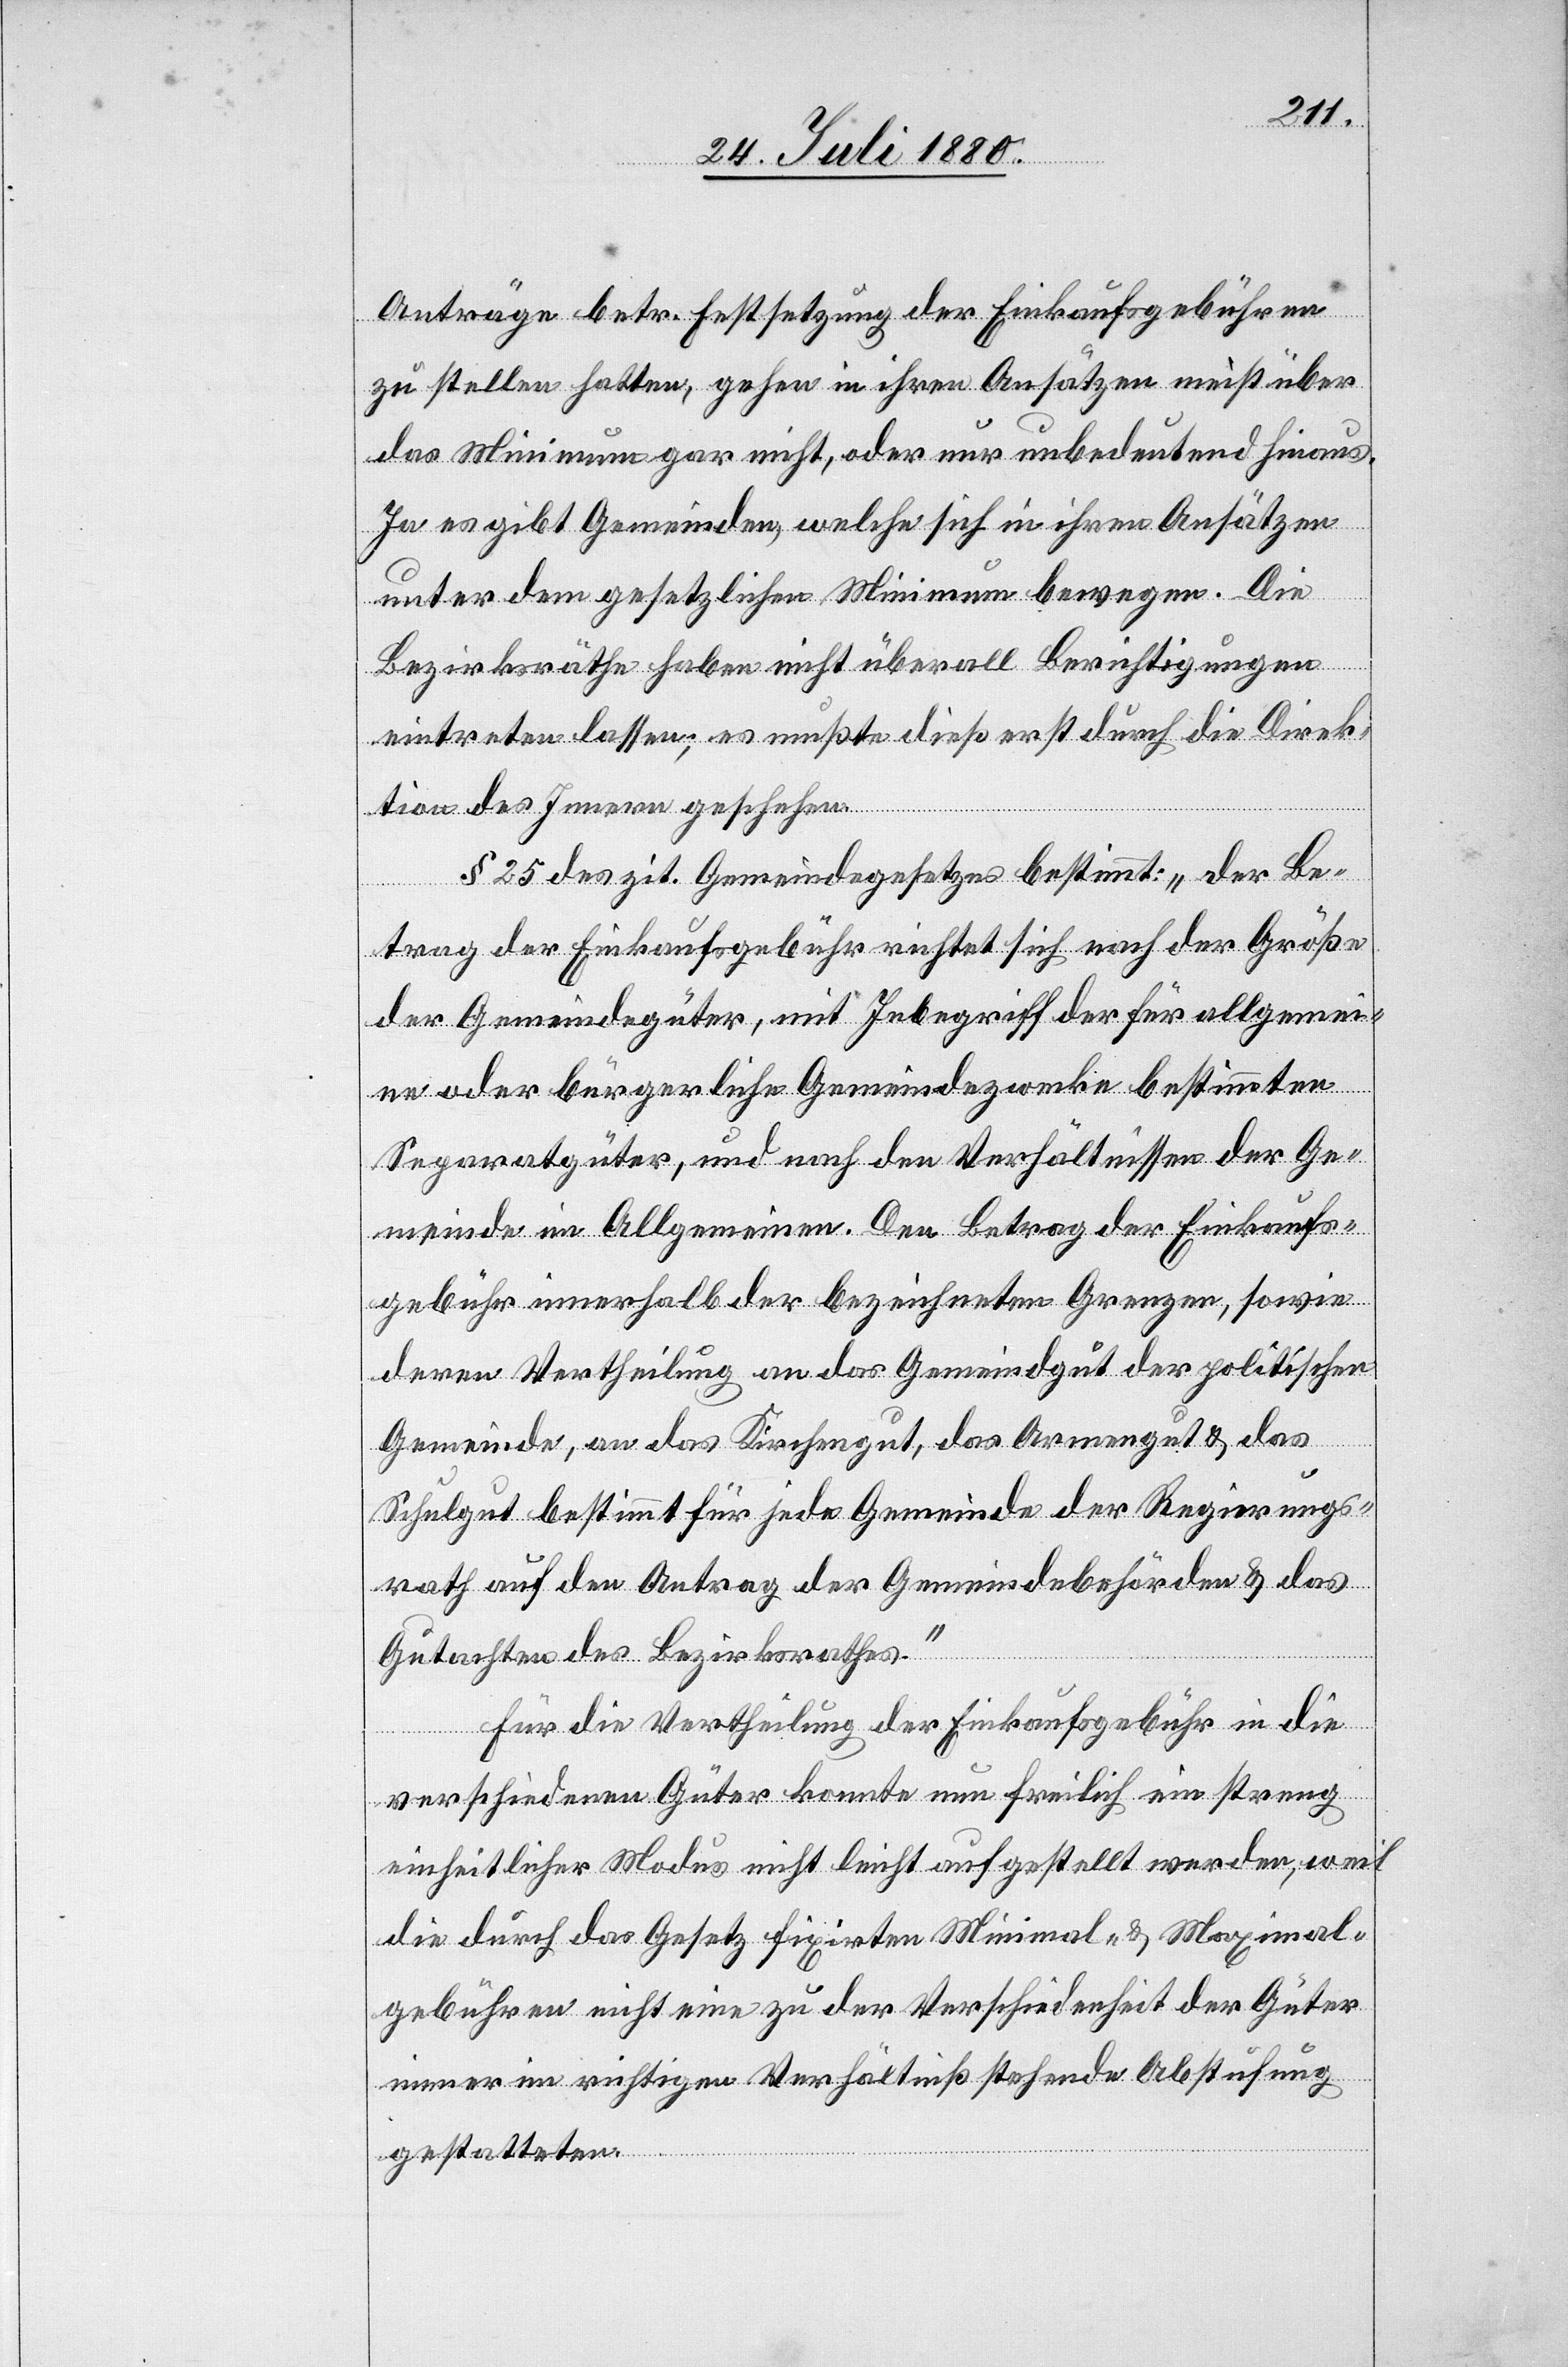
Anträge betr. Festsetzung der Einkaufsgebühren
zu stellen hatten, gehen in ihren Ansätzen meist über
das Minimum gar nicht, oder nur unbedeutend hinaus.
Ja es gibt Gemeinden, welche sich in ihren Ansätzen
unter dem gesetzlichen Minimum bewegen. Die
Bezirksräthe haben nicht überall Berichtigungen
eintreten lassen; es mußte diese erst durch die Direk¬
tion des Innern geschehen.
§ 25 des zit. Gemeindegesetzes bestimmt: „der Be¬
trag der Einkaufsgebühr richtet sich nach der Größe
der Gemeindegüter, mit Inbegriff der für allgemei¬
ne oder bürgerliche Gemeindezwecke bestimmten
Separatgüter, und nach den Verhältnissen der Ge¬
meinde im Allgemeinen. Den Betrag der Einkaufs¬
gebühr innerhalb der bezeichneten Grenzen, sowie
deren Vertheilung an das Gemeindgut der politischen
Gemeinde, an das Kirchengut, das Armengut & das
Schulgut bestimmt für jede Gemeinde der Regierungs¬
rath auf den Antrag der Gemeindebehörden & das
Gutachten des Bezirksrathes.“
Für die Vertheilung der Einkaufsgebühr in die
verschiedenen Güter konnte nun freilich ein streng
einheitlicher Modus nicht leicht aufgestellt werden, weil
die durch das Gesetz fixirten Minimal- & Maximal¬
gebühren nicht eine zu der Verschiedenheit der Güter
immer im richtigen Verhältniß stehende Abstufung
gestatteten.